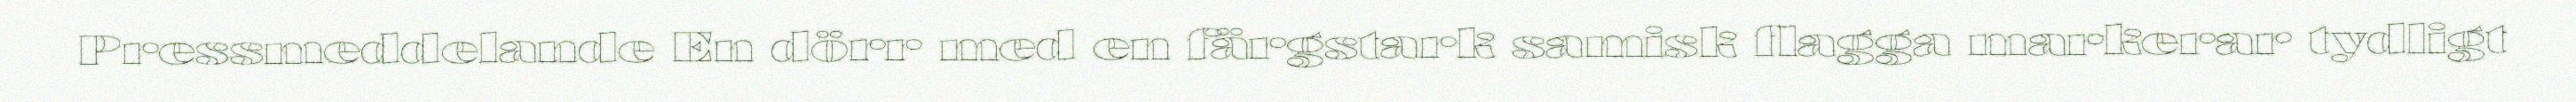
Pressmeddelande En dörr med en färgstark samisk flagga markerar tydligt